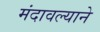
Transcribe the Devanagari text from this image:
मंदावल्याने